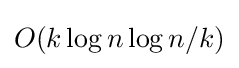
O(k\log n\log n/k)